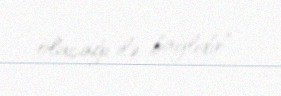
olacağı ilə bağlıdır”..